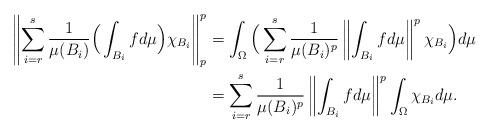
LaTeX: \begin{align*}\left\|\sum_{i=r}^{s}\frac{1}{\mu(B_i)}\Big(\int_{B_i}f d\mu\Big)\chi_{B_i}\right\|_p^p & =\int_\Omega\Big( \sum_{i=r}^{s}\frac{1}{\mu(B_i)^p}\left\|\int_{B_i}f d\mu\right\|^p\chi_{B_i}\Big)d\mu\\ &=\sum_{i=r}^{s}\frac{1}{\mu(B_i)^p}\left\|\int_{B_i}f d\mu\right\|^p\int_{\Omega}\chi_{B_i}d\mu.\end{align*}